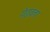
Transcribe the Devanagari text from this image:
रोडावला